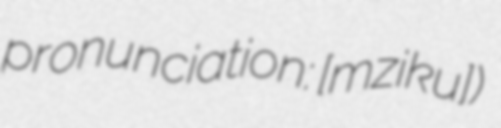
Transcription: pronunciation: ​[mɛzikuʁ])